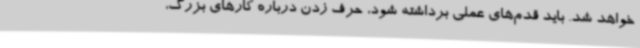
خواهد شد. باید قدم‌های عملی برداشته شود، حرف زدن درباره کارهای بزرگ،